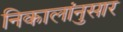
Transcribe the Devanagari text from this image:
निकालांनुसार